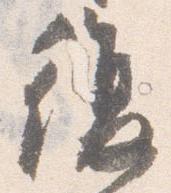
復